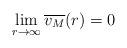
LaTeX: \begin{align*}\lim_{r \rightarrow \infty}\overline{v_{M}}(r)=0\end{align*}